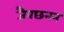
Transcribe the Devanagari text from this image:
जैवछनन